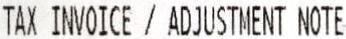
TAX INVOICE / ADJUSTMENT NOTE